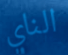
الناي